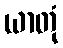
ယာတုံ